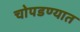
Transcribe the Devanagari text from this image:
चोपडण्यात